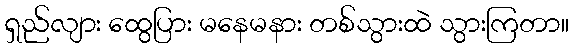
ရှည်လျား ထွေပြား မနေမနား တစ်သွားထဲ သွားကြတာ။